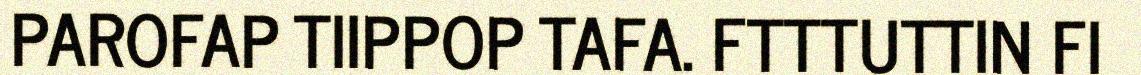
PAROFAP TIIPPOP TAFA. FTTTUTTIN FI